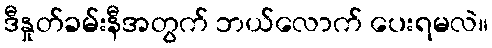
ဒီနှုတ်ခမ်းနီအတွက် ဘယ်လောက် ပေးရမလဲ။